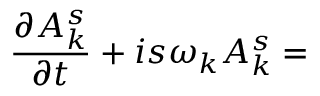
{ \frac { \partial A _ { k } ^ { s } } { \partial t } } + i s \omega _ { k } A _ { k } ^ { s } =